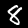
Digit: 8